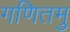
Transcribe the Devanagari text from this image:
गणितमु